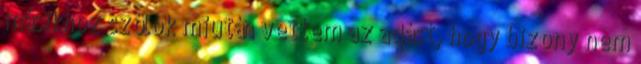
másikhoz szólok miután vettem az adást, hogy bizony nem